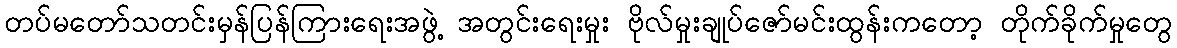
တပ်မတော်သတင်းမှန်ပြန်ကြားရေးအဖွဲ့ အတွင်းရေးမှုး ဗိုလ်မှုးချုပ်ဇော်မင်းထွန်းကတော့ တိုက်ခိုက်မှုတွေ